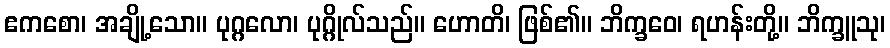
ဧကစော၊ အချို့သော။ ပုဂ္ဂလော၊ ပုဂ္ဂိုလ်သည်။ ဟောတိ၊ ဖြစ်၏။ ဘိက္ခဝေ၊ ရဟန်းတို့။ ဘိက္ခူသု၊